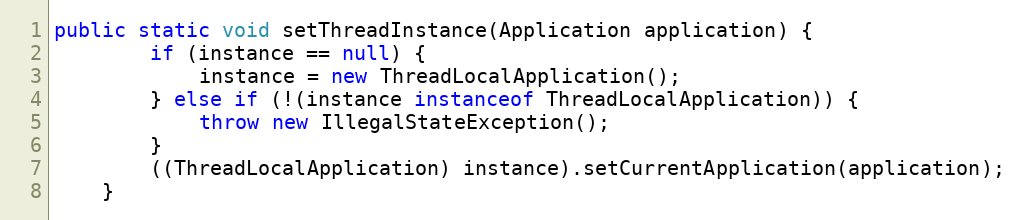
Language: Java
public static void setThreadInstance(Application application) {
		if (instance == null) {
			instance = new ThreadLocalApplication();
		} else if (!(instance instanceof ThreadLocalApplication)) {
			throw new IllegalStateException();
		}
		((ThreadLocalApplication) instance).setCurrentApplication(application);
	}